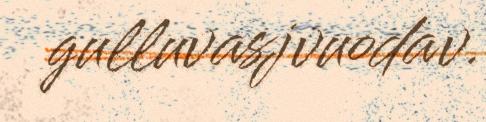
gulluvasjvuodav.